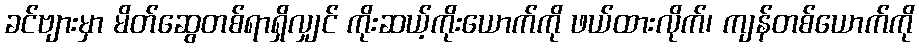
ခင်ဗျားမှာ မိတ်ဆွေတစ်ရာရှိလျှင် ကိုးဆယ့်ကိုးယောက်ကို ဖယ်ထားလိုက်၊ ကျန်တစ်ယောက်ကို